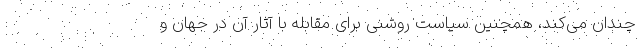
چندان می‌کند، همچنین سیاست روشنی برای مقابله با آثار آن در جهان و